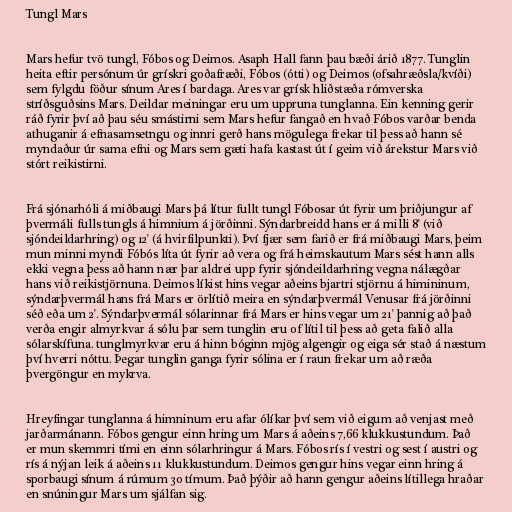
Tungl Mars

Mars hefur tvö tungl, Fóbos og Deimos. Asaph Hall fann þau bæði árið 1877. Tunglin
heita eftir persónum úr grískri goðafræði, Fóbos (ótti) og Deimos (ofsahræðsla/kvíði)
sem fylgdu föður sínum Ares í bardaga. Ares var grísk hliðstæða rómverska
stríðsguðsins Mars. Deildar meiningar eru um uppruna tunglanna. Ein kenning gerir
ráð fyrir því að þau séu smástirni sem Mars hefur fangað en hvað Fóbos varðar benda
athuganir á efnasamsetngu og innri gerð hans mögulega frekar til þess að hann sé
myndaður úr sama efni og Mars sem gæti hafa kastast út í geim við árekstur Mars við
stórt reikistirni.

Frá sjónarhóli á miðbaugi Mars þá lítur fullt tungl Fóbosar út fyrir um þriðjungur af
þvermáli fulls tungls á himnium á jörðinni. Sýndarbreidd hans er á milli 8' (við
sjóndeildarhring) og 12' (á hvirfilpunkti). Því fjær sem farið er frá miðbaugi Mars, þeim
mun minni myndi Fóbós líta út fyrir að vera og frá heimskautum Mars sést hann alls
ekki vegna þess að hann nær þar aldrei upp fyrir sjóndeildarhring vegna nálægðar
hans við reikistjörnuna. Deimos líkist hins vegar aðeins bjartri stjörnu á himininum,
sýndarþvermál hans frá Mars er örlítið meira en sýndarþvermál Venusar frá jörðinni
séð eða um 2'. Sýndarþvermál sólarinnar frá Mars er hins vegar um 21' þannig að það
verða engir almyrkvar á sólu þar sem tunglin eru of lítil til þess að geta falið alla
sólarskífuna. tunglmyrkvar eru á hinn bóginn mjög algengir og eiga sér stað á næstum
því hverri nóttu. Þegar tunglin ganga fyrir sólina er í raun frekar um að ræða
þvergöngur en mykrva.

Hreyfingar tunglanna á himninum eru afar ólíkar því sem við eigum að venjast með
jarðarmánann. Fóbos gengur einn hring um Mars á aðeins 7,66 klukkustundum. Það
er mun skemmri tími en einn sólarhringur á Mars. Fóbos rís í vestri og sest í austri og
rís á nýjan leik á aðeins 11 klukkustundum. Deimos gengur hins vegar einn hring á
sporbaugi sínum á rúmum 30 tímum. Það þýðir að hann gengur aðeins lítillega hraðar
en snúningur Mars um sjálfan sig.